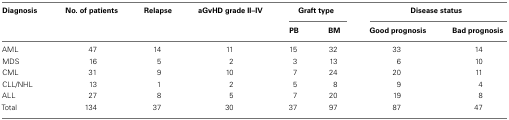
<table><thead><tr><td><b>Diagnosis</b></td><td><b>No. of patients</b></td><td><b>Relapse</b></td><td><b>aGvHD grade II–IV</b></td><td colspan="2"><b>Graft type</b></td><td colspan="2"><b>Disease status</b></td></tr><tr><td></td><td></td><td></td><td></td><td><b>PB</b></td><td><b>BM</b></td><td><b>Good prognosis</b></td><td><b>Bad prognosis</b></td></tr></thead><tbody><tr><td>AML</td><td>47</td><td>14</td><td>11</td><td>15</td><td>32</td><td>33</td><td>14</td></tr><tr><td>MDS</td><td>16</td><td>5</td><td>2</td><td>3</td><td>13</td><td>6</td><td>10</td></tr><tr><td>CML</td><td>31</td><td>9</td><td>10</td><td>7</td><td>24</td><td>20</td><td>11</td></tr><tr><td>CLL/NHL</td><td>13</td><td>1</td><td>2</td><td>5</td><td>8</td><td>9</td><td>4</td></tr><tr><td>ALL</td><td>27</td><td>8</td><td>5</td><td>7</td><td>20</td><td>19</td><td>8</td></tr><tr><td>Total</td><td>134</td><td>37</td><td>30</td><td>37</td><td>97</td><td>87</td><td>47</td></tr></tbody></table>